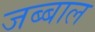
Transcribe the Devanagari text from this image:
जब्बाल